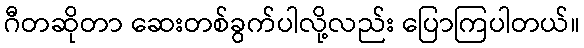
ဂီတဆိုတာ ဆေးတစ်ခွက်ပါလို့လည်း ပြောကြပါတယ်။